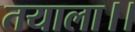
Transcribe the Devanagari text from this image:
तयाला।।